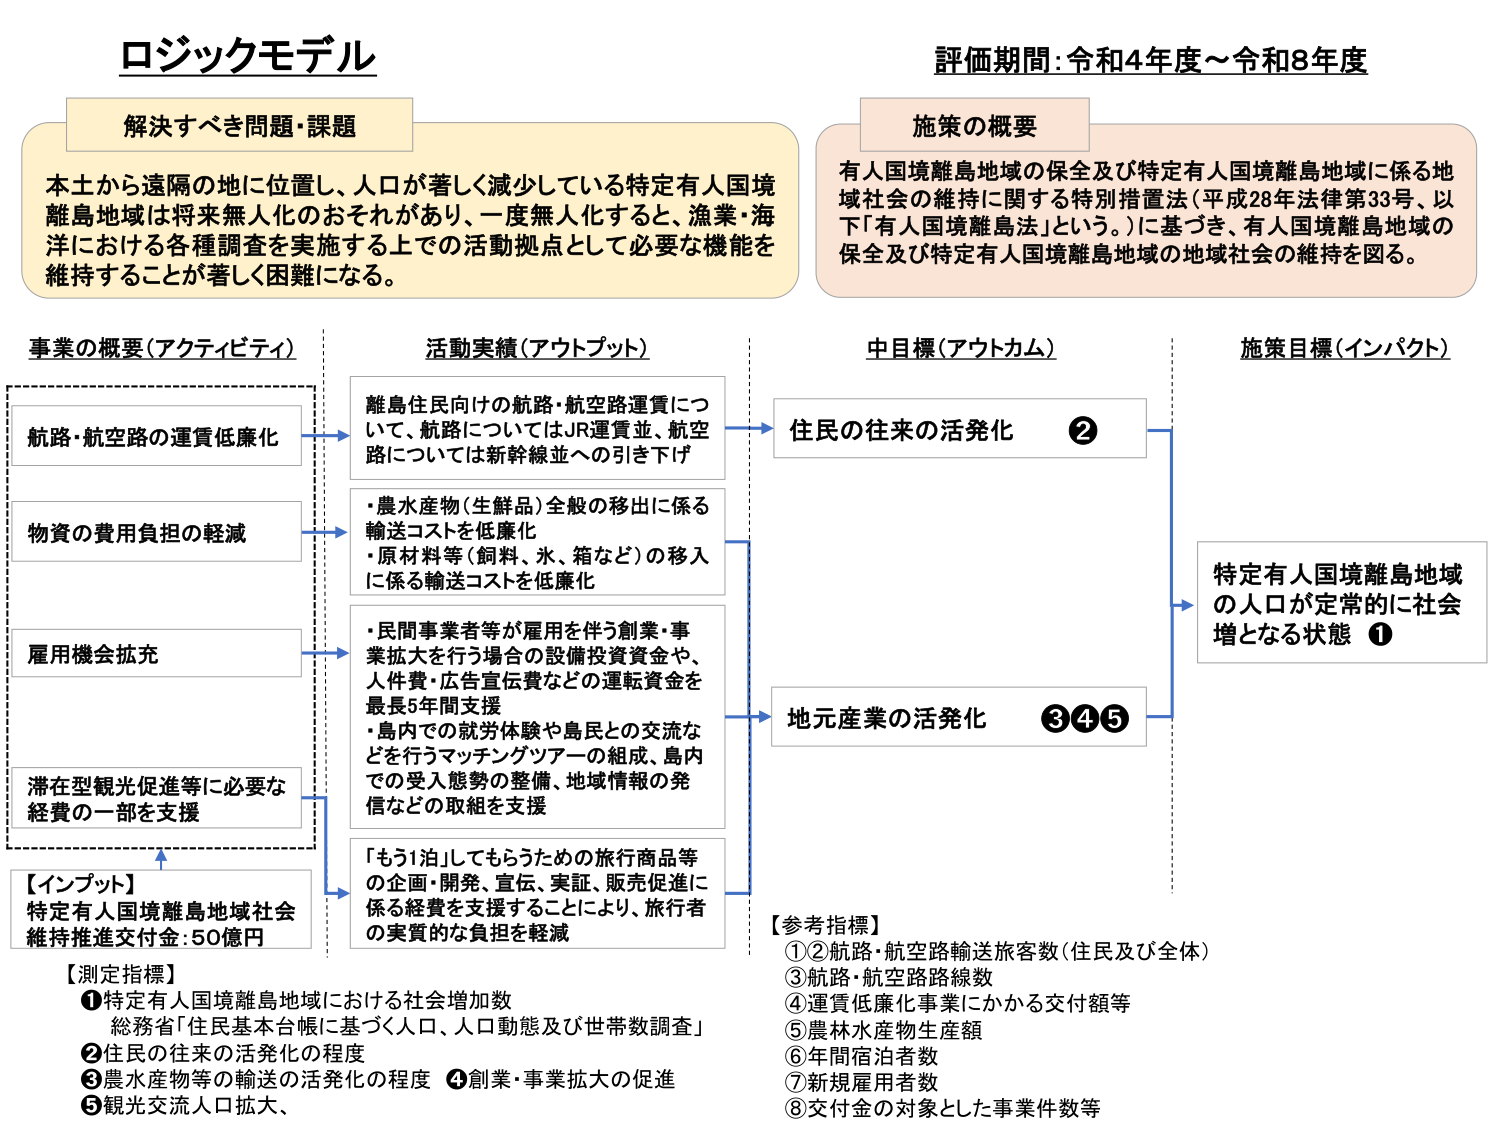
ロジックモデル

解決すべき問題・課題
本土から遠隔の地に位置し、人口が著しく減少している特定有人国境離島地域は将来無人化のおそれがあり、一度無人化すると、漁業・海洋における各種調査を実施する上での活動拠点として必要な機能を維持することが著しく困難になる。

評価期間：令和4年度～令和8年度

施策の概要
有人国境離島地域の保全及び特定有人国境離島地域に係る地域社会の維持に関する特別措置法（平成28年法律第33号、以下「有人国境離島法」という。）に基づき、有人国境離島地域の保全及び特定有人国境離島地域の地域社会の維持を図る。

事業の概要（アクティビティ）
航路・航空路の運賃低廉化
物資の費用負担の軽減
雇用機会拡充
滞在型観光促進等に必要な経費の一部を支援

【インプット】
特定有人国境離島地域社会維持推進交付金：50億円

活動実績（アウトプット）
離島住民向けの航路・航空路運賃について、航路についてはJR運賃並、航空路については新幹線並への引き下げ
・農水産物（生鮮品）全般の移出に係る輸送コストを低廉化
・原材料等（飼料、水、箱など）の移入に係る輸送コストを低廉化
・民間事業者等が雇用を伴う創業・事業拡大を行う場合の設備投資資金や、人件費・広告宣伝費などの運転資金を最長5年間支援
・島内での就労体験や島民との交流などを行うマッチングツアーの組成、島内での受入態勢の整備、地域情報の発信などの取組を支援
「もう1泊」してもらうための旅行商品等の企画・開発、宣伝、実証、販売促進に係る経費を支援することにより、旅行者の実質的な負担を軽減

中目標（アウトカム）
住民の往来の活発化 ②
地元産業の活発化 ③④⑤

施策目標（インパクト）
特定有人国境離島地域の人口が定常的に社会増となる状態 ①

【測定指標】
①特定有人国境離島地域における社会増加数
総務省「住民基本台帳に基づく人口、人口動態及び世帯数調査」
②住民の往来の活発化の程度
③農水産物等の輸送の活発化の程度
④創業・事業拡大の促進
⑤観光交流人口拡大、

【参考指標】
①②航路・航空路輸送旅客数（住民及び全体）
③航路・航空路路線数
④運賃低廉化事業にかかる交付額等
⑤農林水産物生産額
⑥年間宿泊者数
⑦新規雇用者数
⑧交付金の対象とした事業件数等